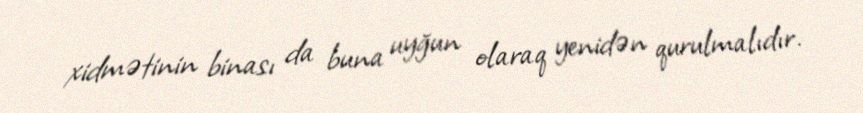
xidmətinin binası da buna uyğun olaraq yenidən qurulmalıdır.